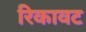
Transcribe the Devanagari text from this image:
रिकावट